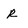
Character: R